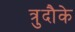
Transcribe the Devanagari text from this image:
त्रुदौके